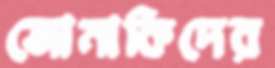
জোনাকিদের